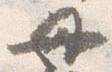
母